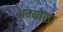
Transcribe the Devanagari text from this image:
अम्योसा